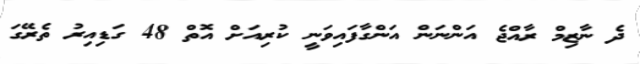
ދެ ނާޒިމް ރާއްޖެ އަންނަން އަންގާފައިވަނީ ކުރިއަށް އޮތް 48 ގަޑިއިރު ތެރޭގަ